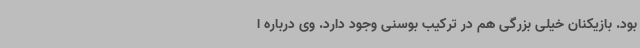
بود. بازیکنان خیلی بزرگی هم در ترکیب بوسنی وجود دارد. وی درباره ا